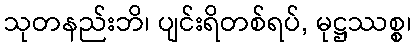
သုတနည်းဘိ၊ ပျင်းရိတစ်ရပ်, မုဋ္ဌဿစ္စ၊